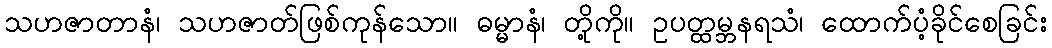
သဟဇာတာနံ၊ သဟဇာတ်ဖြစ်ကုန်သော။ ဓမ္မာနံ၊ တို့ကို။ ဥပတ္ထမ္ဘနရသံ၊ ထောက်ပံ့ခိုင်စေခြင်း